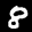
Label: 8